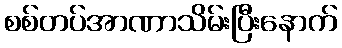
စစ်တပ်အာဏာသိမ်းပြီးနောက်